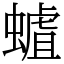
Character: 𧐅